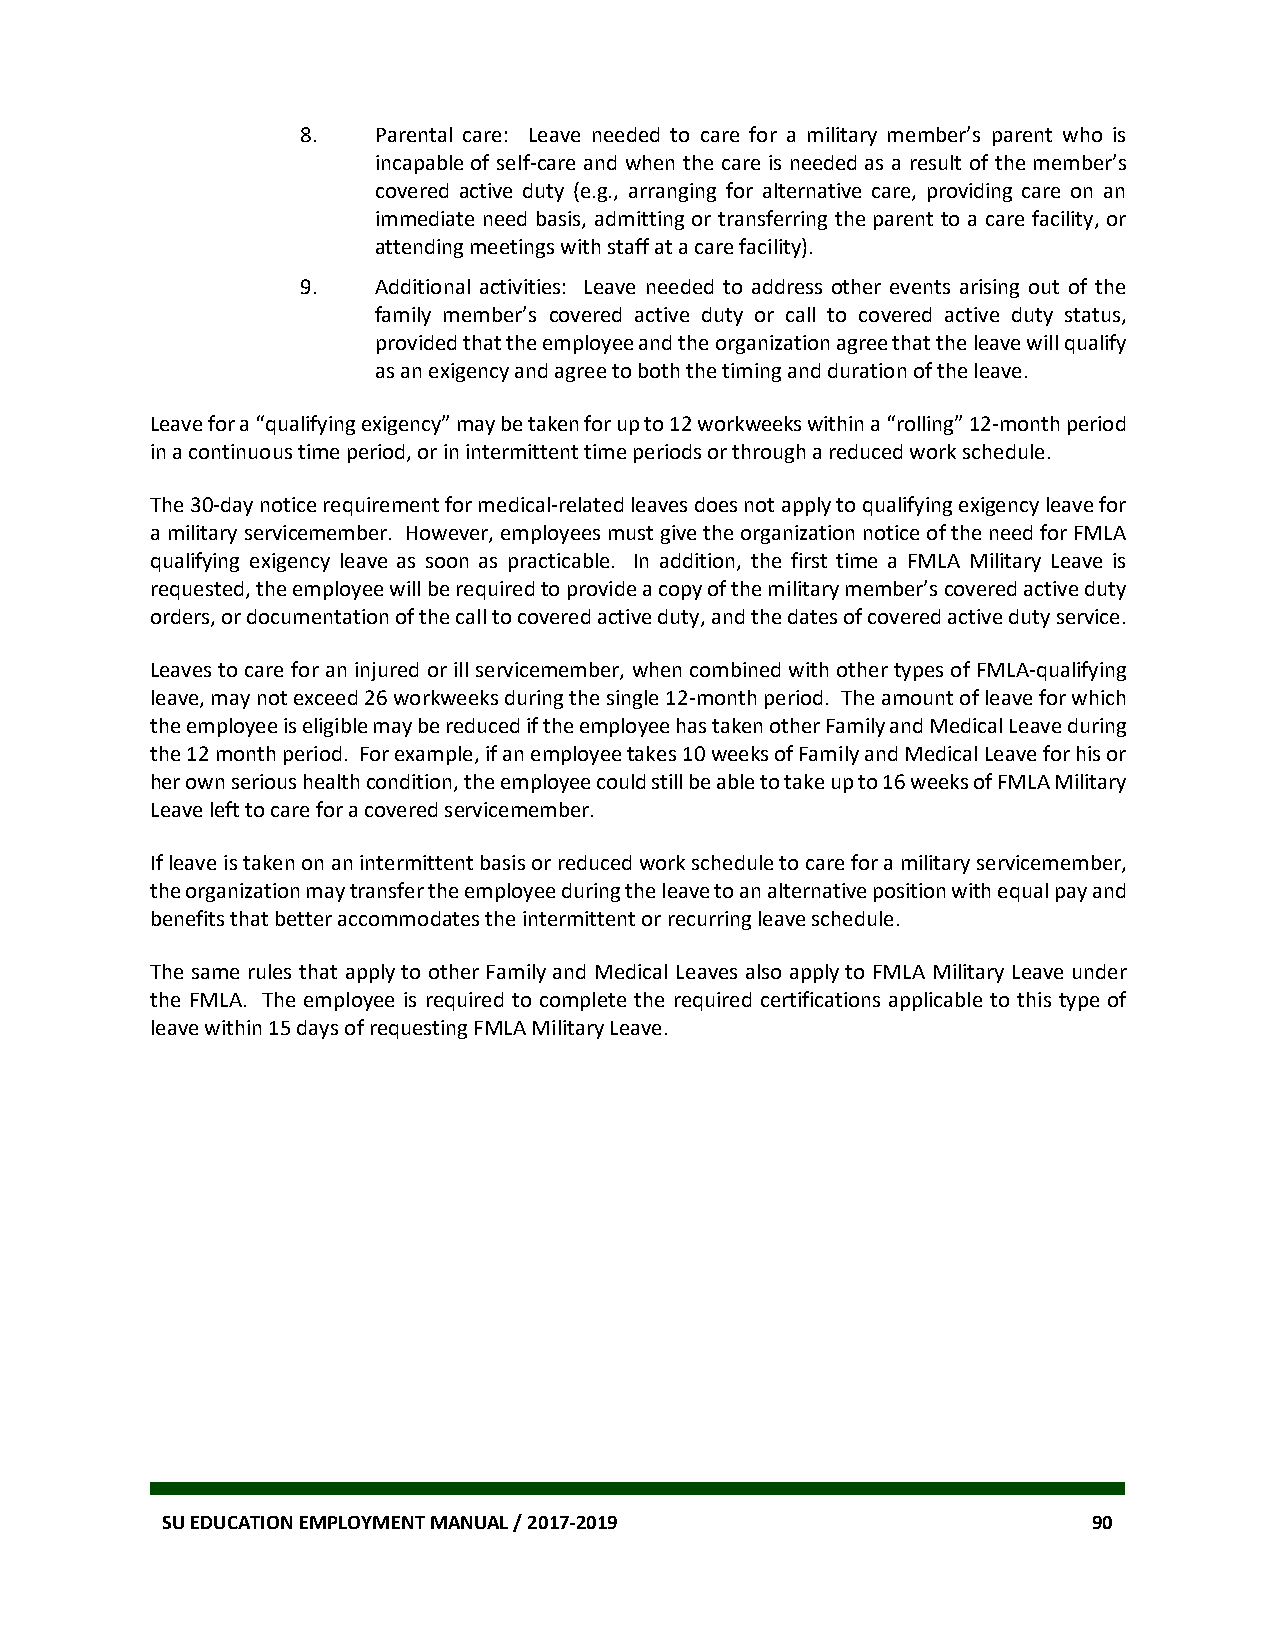
8.   Parental care: Leave needed to care for a military member’s parent who is
 incapable of self-care and when the care is needed as a result of the member’s
 covered active duty (e.g., arranging for alternative care, providing care on an
 immediate need basis, admitting or transferring the parent to a care facility, or
 attending meetings with staff at a care facility).
 9.   Additional activities: Leave needed to address other events arising out of the
 family member’s covered active duty or call to covered active duty status,
 provided that the employee and the organization agree that the leave will qualify
 as an exigency and agree to both the timing and duration of the leave.
 Leave for a “qualifying exigency” may be taken for up to 12 workweeks within a “rolling” 12-month period
 in a continuous time period, or in intermittent time periods or through a reduced work schedule.
 The 30-day notice requirement for medical-related leaves does not apply to qualifying exigency leave for
 a military servicemember. However, employees must give the organization notice of the need for FMLA
 qualifying exigency leave as soon as practicable. In addition, the first time a FMLA Military Leave is
 requested, the employee will be required to provide a copy of the military member’s covered active duty
 orders, or documentation of the call to covered active duty, and the dates of covered active duty service.
 Leaves to care for an injured or ill servicemember, when combined with other types of FMLA-qualifying
 leave, may not exceed 26 workweeks during the single 12-month period. The amount of leave for which
 the employee is eligible may be reduced if the employee has taken other Family and Medical Leave during
 the 12 month period. For example, if an employee takes 10 weeks of Family and Medical Leave for his or
 her own serious health condition, the employee could still be able to take up to 16 weeks of FMLA Military
 Leave left to care for a covered servicemember.
 If leave is taken on an intermittent basis or reduced work schedule to care for a military servicemember,
 the organization may transfer the employee during the leave to an alternative position with equal pay and
 benefits that better accommodates the intermittent or recurring leave schedule.
 The same rules that apply to other Family and Medical Leaves also apply to FMLA Military Leave under
 the FMLA. The employee is required to complete the required certifications applicable to this type of
 leave within 15 days of requesting FMLA Military Leave.
 SU EDUCATION EMPLOYMENT MANUAL / 2017-2019                   90